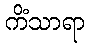
ကိံသာရာ